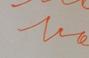
Signature authenticity: forged